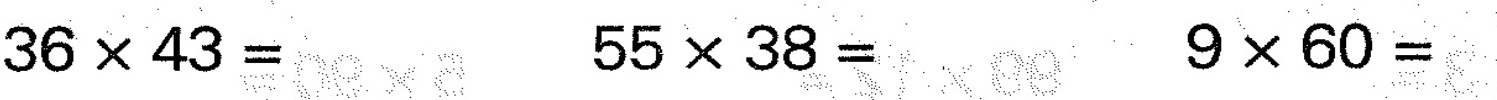
$$3 6 \times 4 3 =$$ $$5 5 \times 3 8 =$$ $$9 \times 6 0 =$$